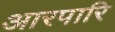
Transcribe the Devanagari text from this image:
आरपारि